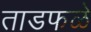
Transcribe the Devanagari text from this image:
ताडफळे